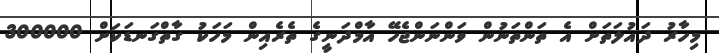
މިހާރު ދައުލަތަށް އެ ތަންތަނުން ވަންނަންޖެހޭ އާމްދަނީގެ ތެރެއިން މަހަކު ގާތްގަނޑަކަށް 300000